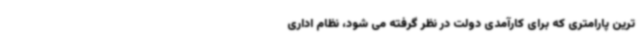
ترین پارامتری که برای کارآمدی دولت در نظر گرفته می شود، نظام اداری